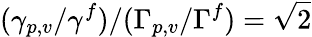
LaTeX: (\gamma_{p,v}/\gamma^{f})/(\Gamma_{p,v}/\Gamma^{f})=\sqrt{2}